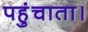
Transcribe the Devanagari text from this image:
पहुंचाता।